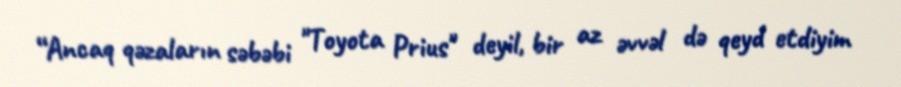
“Ancaq qəzaların səbəbi "Toyota Prius" deyil, bir az əvvəl də qeyd etdiyim